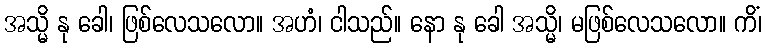
အသ္မိ နု ခေါ၊ ဖြစ်လေသလော။ အဟံ၊ ငါသည်။ နော နု ခေါ အသ္မိ၊ မဖြစ်လေသလော။ ကိံ၊